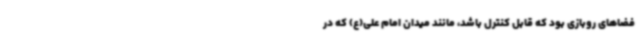
فضاهای روبازی بود که قابل کنترل باشد، مانند میدان امام علی(ع) که در